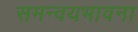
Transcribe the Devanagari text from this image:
समन्वयभावना